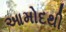
આમોદથી